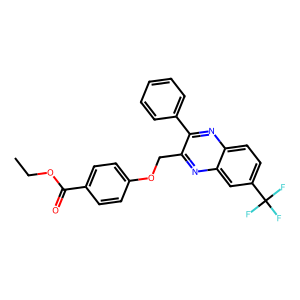
SMILES: CCOC(=O)c1ccc(OCc2nc3cc(C(F)(F)F)ccc3nc2-c2ccccc2)cc1
Inhibits HIV replication: No